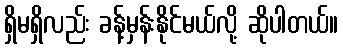
ရှိမရှိလည်း ခန့်မှန်းနိုင်မယ်လို့ ဆိုပါတယ်။